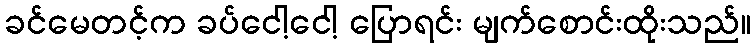
ခင်မေတင့်က ခပ်ငေါ့ငေါ့ ပြောရင်း မျက်စောင်းထိုးသည်။